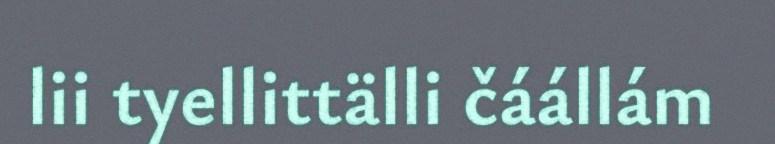
lii tyellittälli čáállám